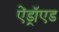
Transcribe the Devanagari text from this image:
ऐंड्रॉएड